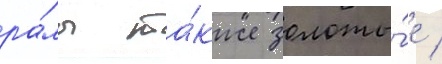
ра́мы та́кже золоты́е /